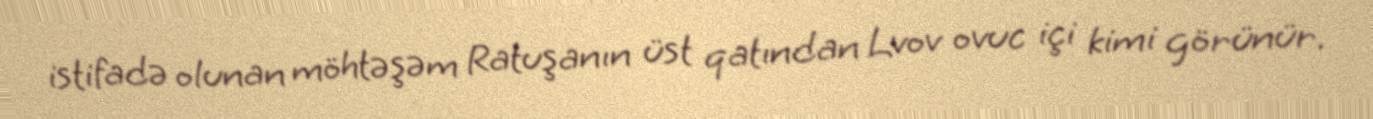
istifadə olunan möhtəşəm Ratuşanın üst qatından Lvov ovuc içi kimi görünür.